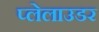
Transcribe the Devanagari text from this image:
प्लेलाउडर